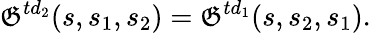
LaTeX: {\cal\mathfrak{G}}^{td_{2}}(s,s_{1},s_{2})={\cal\mathfrak{G}}^{td_{1}}(s,s_{2},s_{1}).